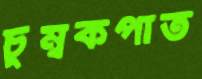
চুম্বকপাত